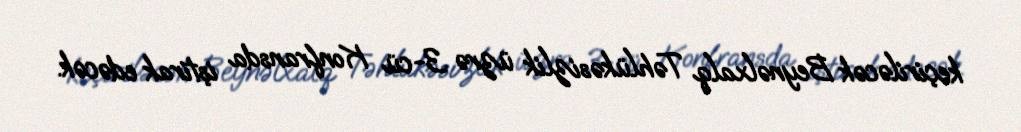
keçiriləcək Beynəlxalq Təhlükəsizlik üzrə 3-cü Konfransda iştirak edəcək.